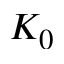
K _ { 0 }